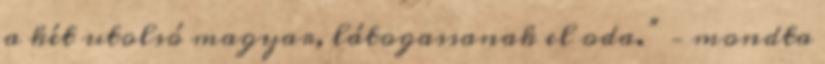
a két utolsó magyar, látogassanak el oda.” – mondta